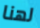
لهنا